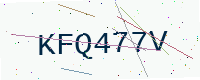
Text: KFQ477V